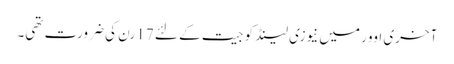
آخری اوور میں نیوزی لینڈ کو جیت کے لئے 17 رن کی ضرورت تھی۔